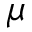
\mu